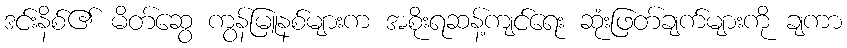
ဒင်းနိစ်၏ မိတ်ဆွေ ကွန်မြူနစ်များက အစိုးရဆန့်ကျင်ရေး ဆုံးဖြတ်ချက်များကို ချကာ